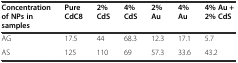
| Concentration of NPs in samples | Pure CdC8 | 2% CdS | 4% CdS | 2% Au | 4%Au | 4%Au + 2%CdS |
 | --- | --- | --- | --- | --- | --- | --- |
 | AG | 17.5 | 44 | 68.3 | 12.3 | 17.1 | 5.7 |
 | AS | 125 | 110 | 69 | 57.3 | 33.6 | 43.2 |